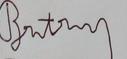
Signature authenticity: forged